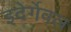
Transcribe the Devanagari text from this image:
इदेर्गेवल